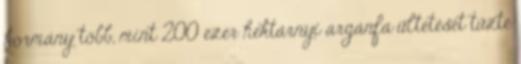
kormány több, mint 200 ezer hektárnyi argánfa ültetését tűzte